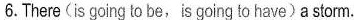
6.There (is going to be,is going to have)a storm.